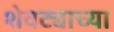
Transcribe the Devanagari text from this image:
शेवट्याच्या